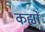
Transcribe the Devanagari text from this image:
कह्यों